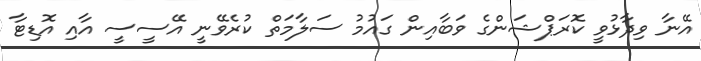
އޭނާ ވިދާޅުވީ ކޮރަޕްޝަންގެ ވަބާއިން ގައުމު ސަލާމަތް ކުރެވޭނީ އޭސީސީ އާއި އޮޑިޓާ